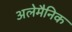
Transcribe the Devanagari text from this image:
अलेमैनिक